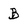
Character: B